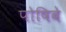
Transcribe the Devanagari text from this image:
पोषिबे